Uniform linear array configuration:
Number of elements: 8
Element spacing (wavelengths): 1
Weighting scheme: kaiser
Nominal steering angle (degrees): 60
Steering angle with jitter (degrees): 58.45
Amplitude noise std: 0.05
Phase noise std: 0.05

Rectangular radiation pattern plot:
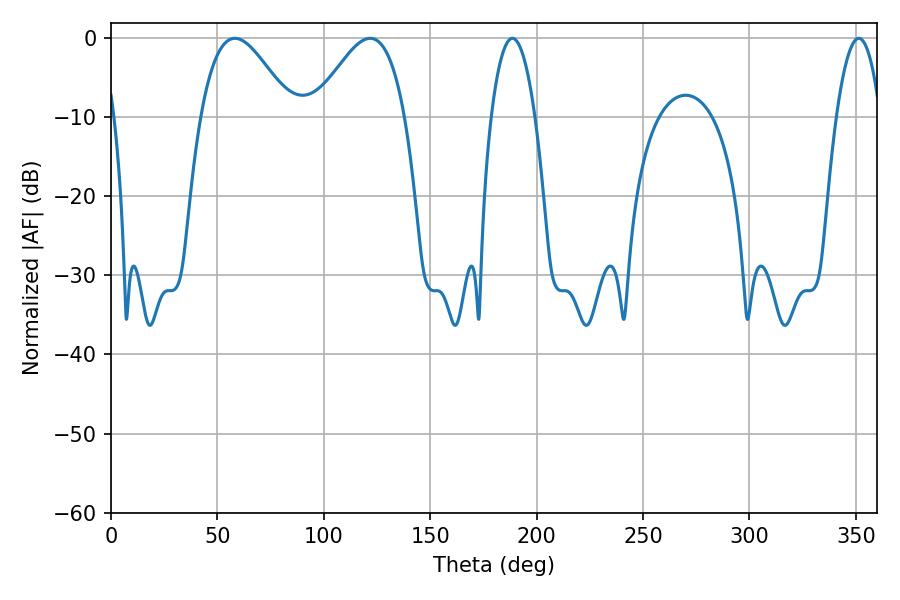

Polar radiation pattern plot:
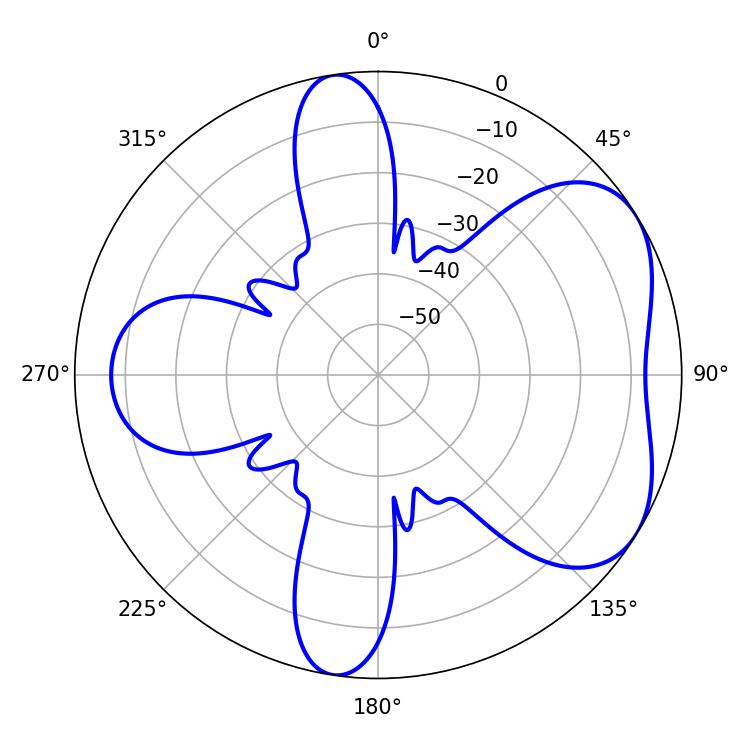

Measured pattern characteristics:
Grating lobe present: TRUE
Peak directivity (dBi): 4.991
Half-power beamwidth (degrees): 11.34
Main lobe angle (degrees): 351.36